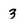
Character: 3